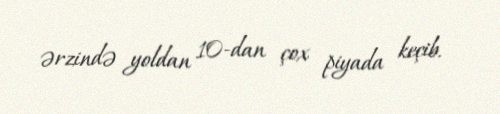
ərzində yoldan 10-dan çox piyada keçib.